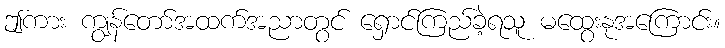
ဤကား ကျွန်တော်အထက်အညာတွင် ရှောင်ကြည်ခဲ့ရသူ မထွေးနုအကြောင်း။